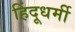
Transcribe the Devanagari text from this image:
हिंदूधर्मी